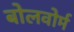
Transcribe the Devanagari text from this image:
बोलवोर्म